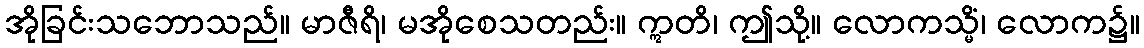
အိုခြင်းသဘောသည်။ မာဇီရိ၊ မအိုစေသတည်း။ ဣတိ၊ ဤသို့။ လောကသ္မိံ၊ လောက၌။